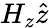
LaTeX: H_{z}\hat{z}